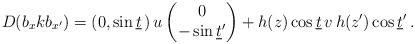
LaTeX: \begin{align*} D(b_{x}kb_{x^\prime}) = (0,\sin\underline t\,)\,u \begin{pmatrix}0\\ -\sin\underline t^\prime\end{pmatrix}+h(z) \cos \underline t \,v\, h(z^\prime)\cos \underline t^\prime\, .\end{align*}